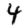
Digit: 4